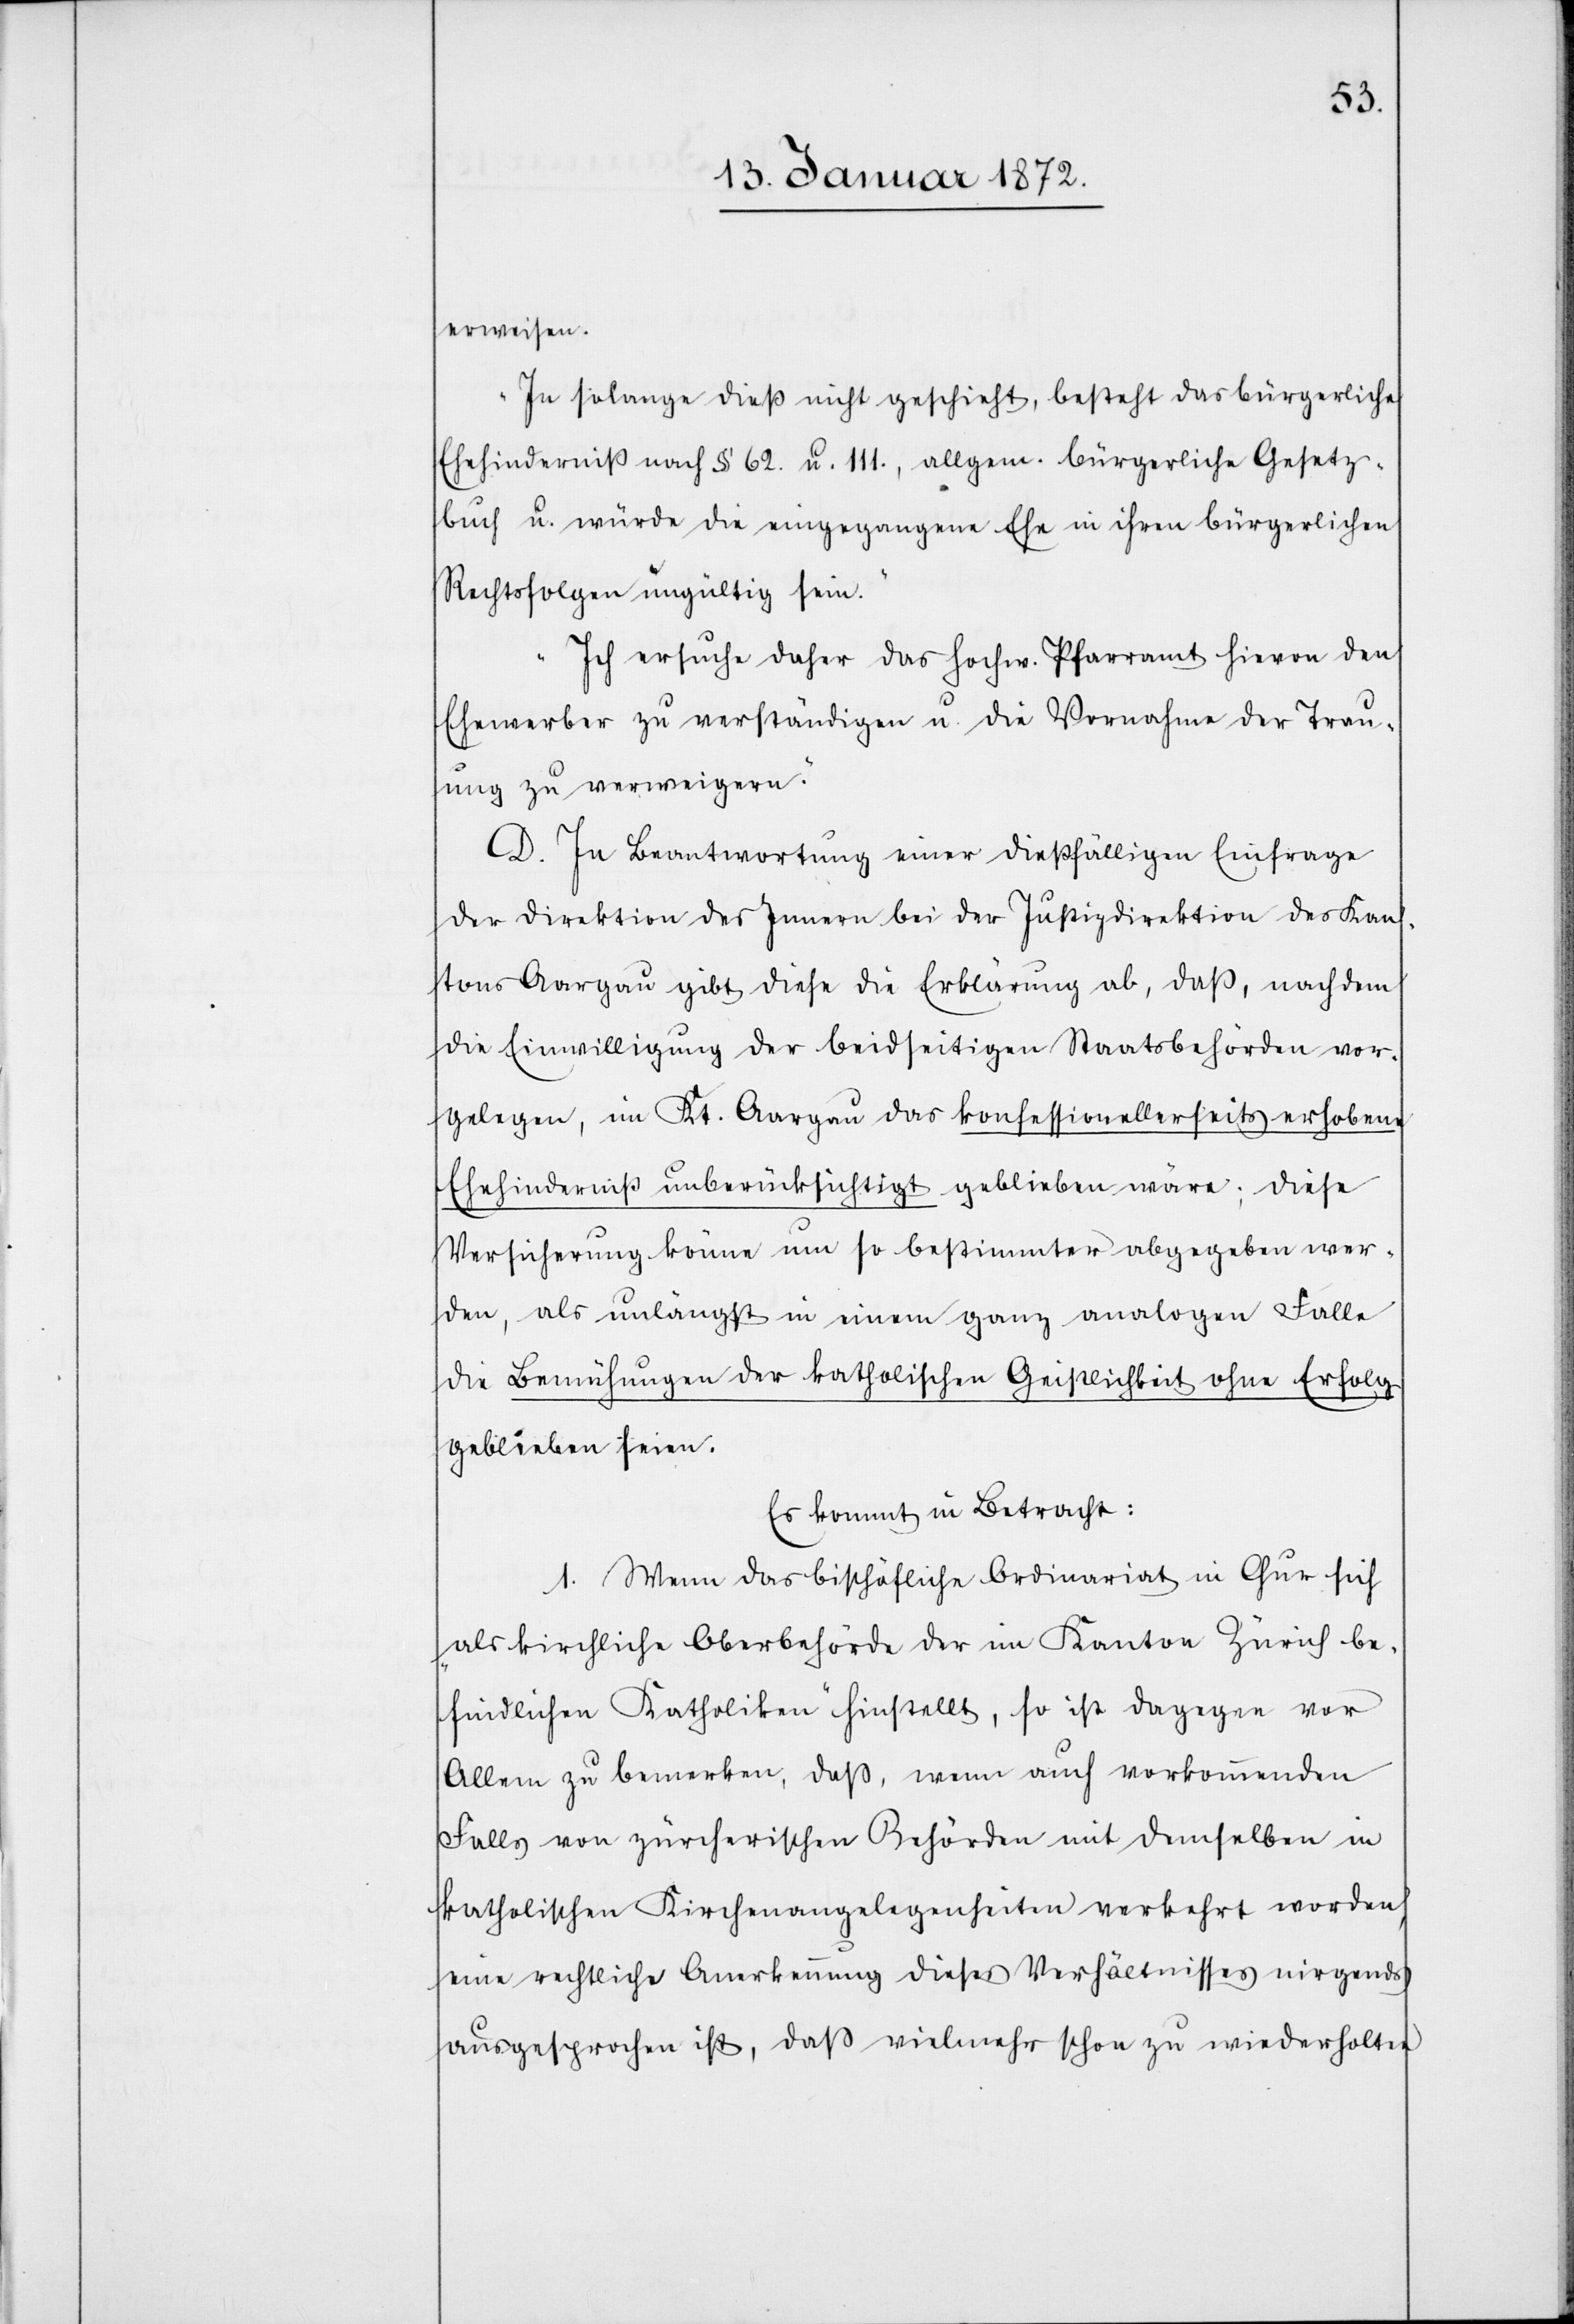
erweisen.
„In solange dieß nicht geschieht, besteht das bürgerliche
Ehehinderniß nach § 62. u. 111., allgem. bürgerliche Gesetz¬
buch u. würde die eingegangene Ehe in ihren bürgerlichen
Rechtsfolgen ungültig sein.“
„Ich ersuche daher das Hochw. Pfarramt hievon den
Ehewerber zu verständigen u. die Vornahme der Trau¬
ung zu verweigern.“
D. In Beantwortung einer dießfälligen Einfrage
der Direktion des Innern bei der Justizdirektion des Kan¬
tons Aargau gibt diese die Erklärung ab, daß, nachdem
die Einwilligung der beidseitigen Staatsbehörden vor¬
gelegen, im Kt. Aargau das konfessionellerseits erhobene
Ehehinderniß unberücksichtigt geblieben wäre; diese
Versicherung könne um so bestimmter abgegeben wer¬
den, als unlängst in einem ganz analogen Falle
die Bemühungen der katholischen Geistlichkeit ohne Erfolg
geblieben seien.
Es kommt in Betracht:
1. Wenn das bischöfliche Ordinariat in Chur sich
„als kirchliche Oberbehörde der im Kanton Zürich be¬
findlichen Katholiken“ hinstellt, so ist dagegen vor
Allem zu bemerken, daß, wenn auch vorkommenden
Falls von zürcherischen Behörden mit demselben in
katholischen Kirchenangelegenheiten verkehrt worden,
eine rechtliche Anerkennung dieses Verhältnisses nirgends
ausgesprochen ist, daß vielmehr schon zu wiederholten